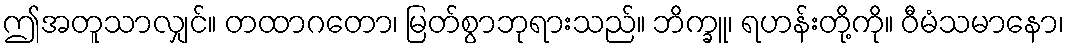
ဤအတူသာလျှင်။ တထာဂတော၊ မြတ်စွာဘုရားသည်။ ဘိက္ခူ၊ ရဟန်းတို့ကို။ ဝီမံသမာနော၊